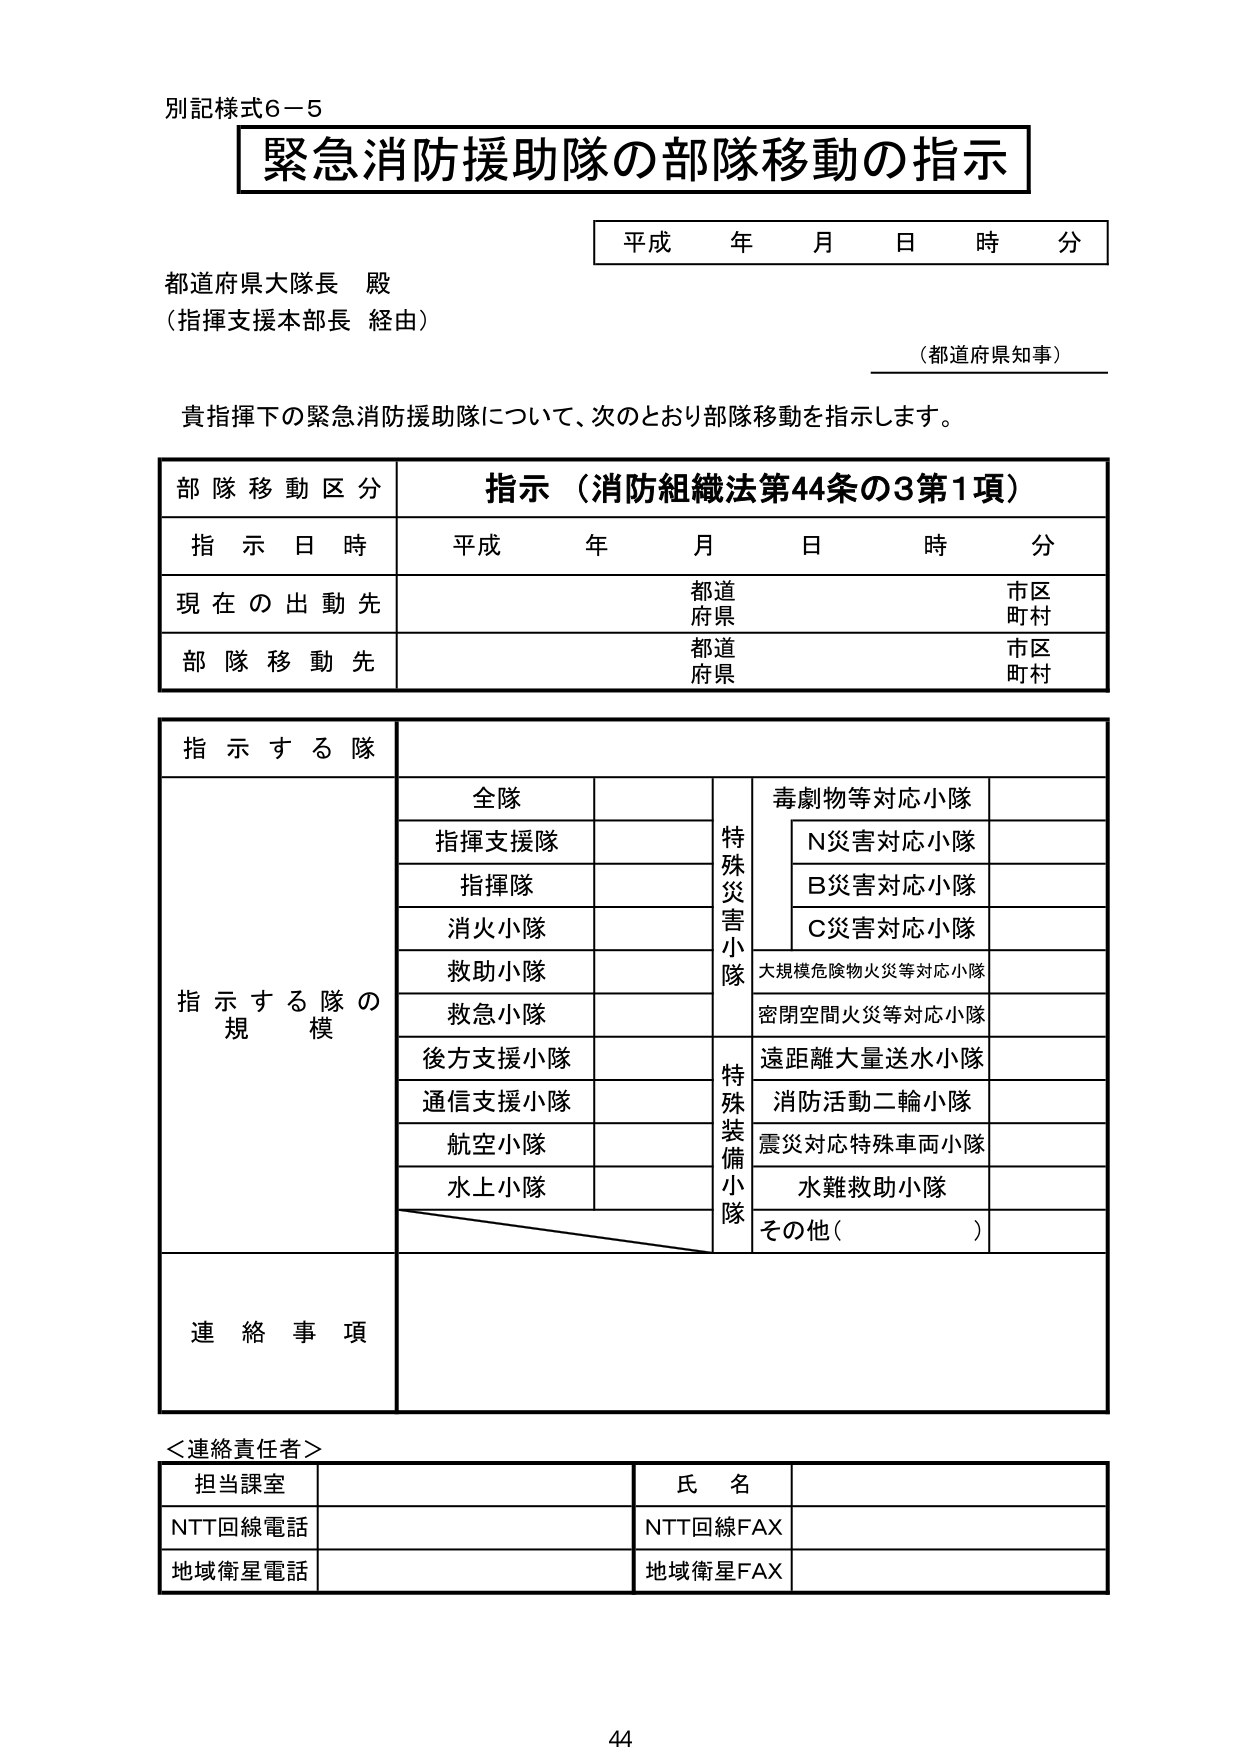
別記様式６－５
緊急消防援助隊の部隊移動の指示
平成 年 月 日 時 分
都道府県大隊長 殿
（指揮支援本部長 経由）
（都道府県知事）
貴指揮下の緊急消防援助隊について、次のとおり部隊移動を指示します。
部隊移動区分 指示（消防組織法第44条の3第1項）
指示日時 平成 年 月 日 時 分
現在の出動先 都道府県 市区町村
部隊移動先 都道府県 市区町村
指示する隊
指示する隊の規模
全隊
指揮支援隊
指揮隊
消火小隊
救助小隊
救急小隊
後方支援小隊
通信支援小隊
航空小隊
水上小隊
特殊災害小隊
毒劇物等対応小隊
Ｎ災害対応小隊
Ｂ災害対応小隊
Ｃ災害対応小隊
大規模危険物火災等対応小隊
密閉空間火災等対応小隊
特殊装備小隊
遠距離大量送水小隊
消防活動二輪小隊
震災対応特殊車両小隊
水難救助小隊
その他（ ）
連絡事項
＜連絡責任者＞
担当課室 氏名
NTT回線電話 NTT回線FAX
地域衛星電話 地域衛星FAX
44